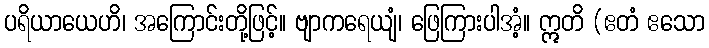
ပရိယာယေဟိ၊ အကြောင်းတို့ဖြင့်။ ဗျာကရေယျံ၊ ဖြေကြားပါအံ့။ ဣတိ (ဧတံ ဧသော